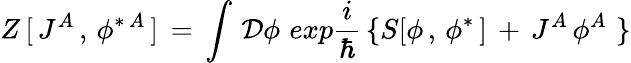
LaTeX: Z\, [\, J^{A}\, ,\, \phi^{\ast\, A}\, ]\, =\, \int\, {\cal D}\phi\, \, exp{\frac{i}{\hbar}}\, \{ S[\phi\, ,\, \phi^{\ast}\, ]\, +\, J^{A}\, \phi^{A}\, \, \}